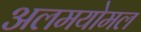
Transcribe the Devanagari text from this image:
अलमयोमल